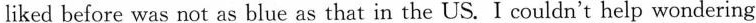
liked before was not as blue as that in the US. I couldn't help wondering